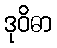
ဒုဝိဓာ